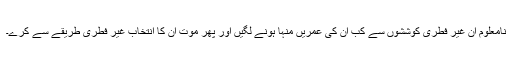
نامعلوم ان غیر فطری کوششوں سے کب ان کی عمریں منہا ہونے لگیں اور پھر موت ان کا انتخاب غیر فطری طریقے سے کرے۔